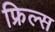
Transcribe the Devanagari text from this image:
फ्रिल्स